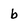
Character: b